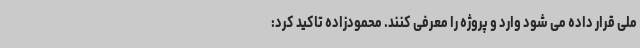
ملی قرار داده می شود وارد و پروژه را معرفی کنند. محمودزاده تاکید کرد: